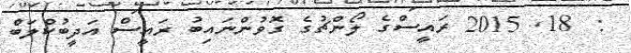
:  18